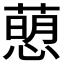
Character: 𢡗